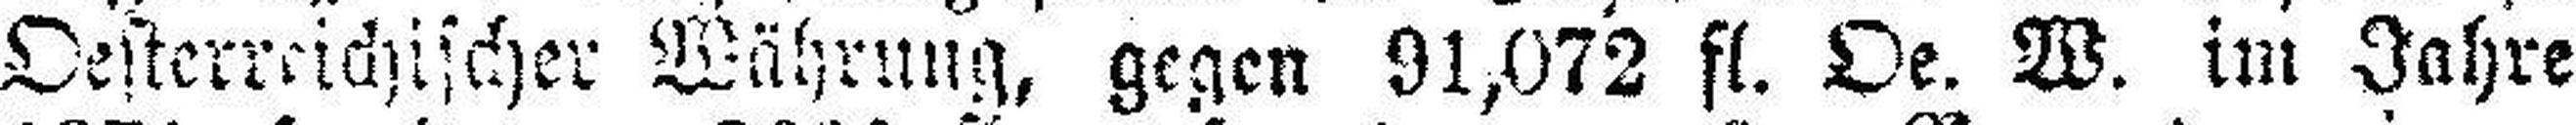
Oesterreichischer Währung, gegen 91,072 fl. Oe. W. im Jahre